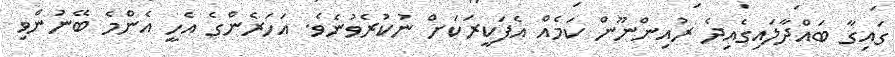
ގައިގާ ބައްދާލައިގެއިދެ ރުއިންނޫން ކަމެއް އެފަކީރަކަށް ނުކުރެވުނެވެ. އަހަރެންގެ އެހީ އެންމެ ބޭނުންވި